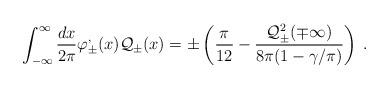
LaTeX: \begin{align*}\displaystyle \int ^{\infty }_{-\infty }\frac{dx}{2\pi }\varphi ^{,}_{\pm }(x){\cal Q}_{\pm }(x)=\pm \left( \frac{\pi }{12}-\frac{{\cal Q}^{2}_{\pm }(\mp \infty )}{8\pi (1-\gamma /\pi )}\right) \: .\end{align*}